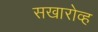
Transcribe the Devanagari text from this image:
सखारोव्ह